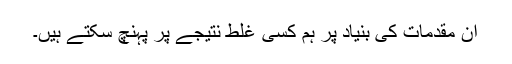
ان مقدمات کی بنیاد پر ہم کسی غلط نتیجے پر پہنچ سکتے ہیں۔